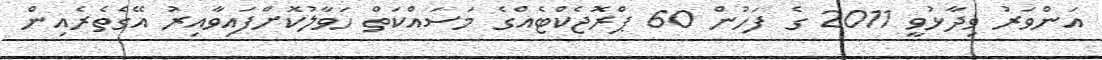
އަންވަރު ވިދާޅުވީ 2011 ގެ ފަހުން 60 ޕްރޮޖެކްޓެއްގެ މަސައްކަތް ހަވާލުކޮށްފައިވާއިރު އޭގެތެރެއިން